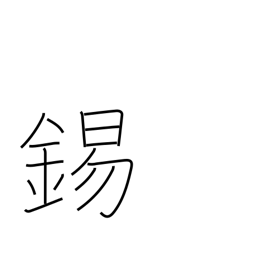
Meaning: copper